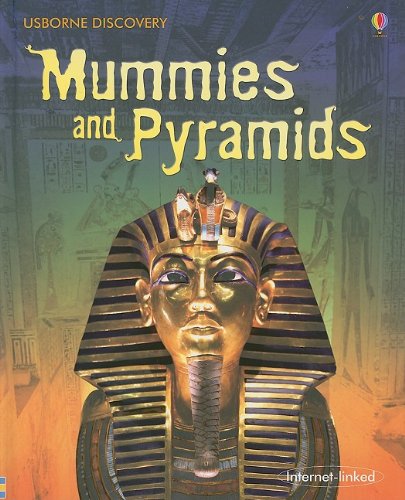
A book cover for Mummies and Pyramids (Usborne Discovery); Sam Taplin; Children's Books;